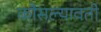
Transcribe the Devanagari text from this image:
कौसल्यावती